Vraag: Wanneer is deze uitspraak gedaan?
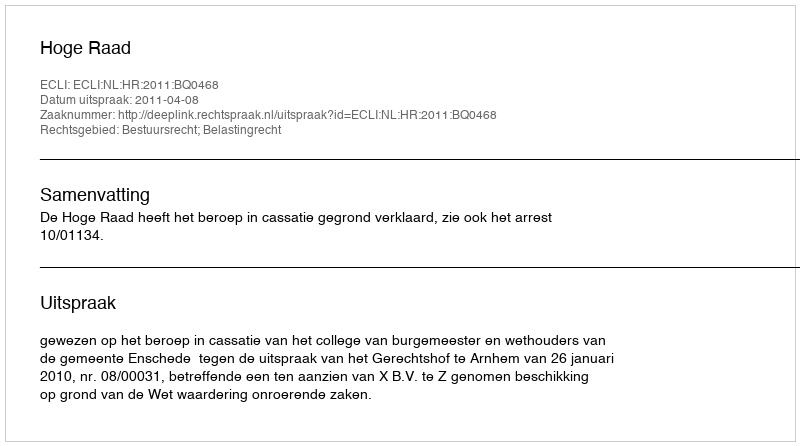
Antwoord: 2011-04-08